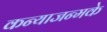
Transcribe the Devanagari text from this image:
कन्याजन्मके